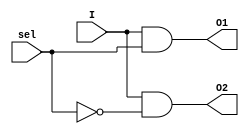
`timescale 1ns / 1ps
//////////////////////////////////////////////////////////////////////////////////
// Company: 
// Engineer: 
// 
// Design Name: 
// Module Name:    Demux 
// Project Name: 
// Target Devices: 
// Tool versions: 
// Description: 
//
// Dependencies: 
//
// Revision: 
// Revision 0.01 - File Created
// Additional Comments: 
//
//////////////////////////////////////////////////////////////////////////////////
module Demux(
    output O1,
    output O2,
    input I,
    input sel
    );
	 
	 assign O1 = I & sel;
	 assign O2 = I & ~sel;


endmodule